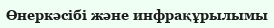
Өнеркәсібі және инфрақұрылымы